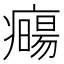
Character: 𤻈